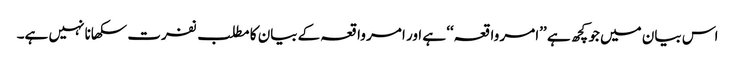
اس بیان میں جو کچھ ہے ’’امر واقعہ‘‘ ہے اور امر واقعہ کےبیان کا مطلب نفرت سکھانا نہیں ہے۔